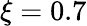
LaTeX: \xi=0.7